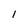
Character: I